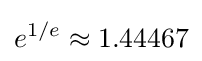
e^{1/e}\approx 1.44467